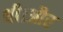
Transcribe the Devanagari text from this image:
थी।और